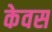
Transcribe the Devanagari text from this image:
केवस